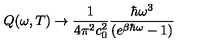
Q ( \omega , T ) \to \frac { 1 } { 4 \pi ^ { 2 } c _ { 0 } ^ { 2 } } \frac { \hbar \omega ^ { 3 } } { ( e ^ { \beta \hbar \omega } - 1 ) }